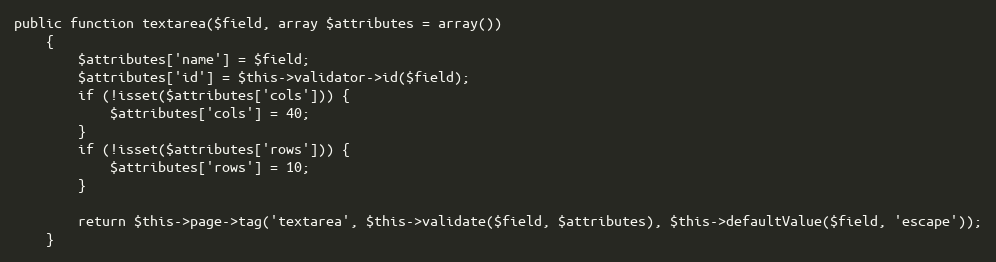
Language: PHP
public function textarea($field, array $attributes = array())
    {
        $attributes['name'] = $field;
        $attributes['id'] = $this->validator->id($field);
        if (!isset($attributes['cols'])) {
            $attributes['cols'] = 40;
        }
        if (!isset($attributes['rows'])) {
            $attributes['rows'] = 10;
        }

        return $this->page->tag('textarea', $this->validate($field, $attributes), $this->defaultValue($field, 'escape'));
    }